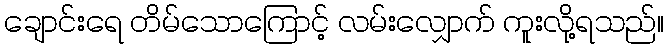
ချောင်းရေ တိမ်သောကြောင့် လမ်းလျှောက် ကူးလို့ရသည်။